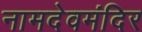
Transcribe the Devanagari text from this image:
नामदेवमंदिर